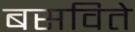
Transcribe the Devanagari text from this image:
बसविते